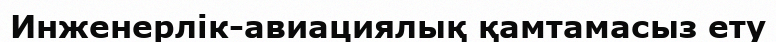
Инженерлік-авиациялық қамтамасыз ету